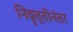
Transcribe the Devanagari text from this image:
निवॄत्तीनंतर